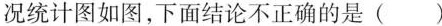
况统计图如图，下面结论不正确的是 ( )